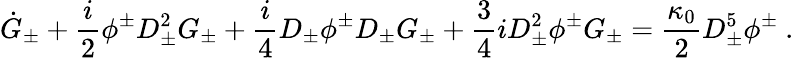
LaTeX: \dot{G}_{\pm}+\frac{i}{2}\phi^{\pm}D_{\pm}^{2}G_{\pm}+\frac{i}{4}D_{\pm}\phi^{\pm}D_{\pm}G_{\pm}+\frac{3}{4}iD_{\pm}^{2}\phi^{\pm}G_{\pm}=\frac{\kappa_{0}}{2}D_{\pm}^{5}\phi^{\pm}~.